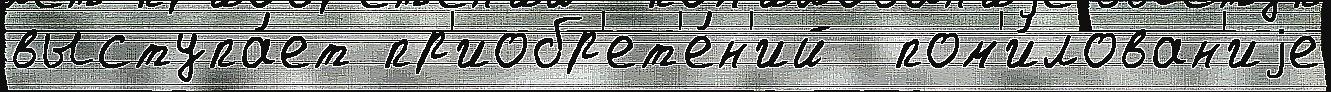
выступа́ет пр'иобр'ет'е́н'ий  пом'и́лован'иjе